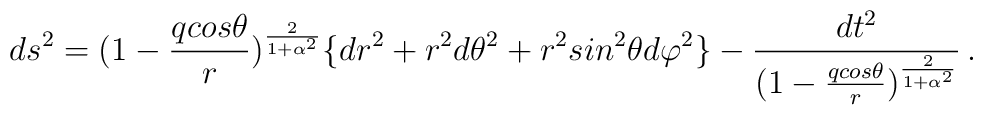
ds^{2} = (1 - {qcos\theta\over r})^{2\over 1 + \alpha^{2}}\lbrace dr^2+r^2d\theta^2+r^2sin^2\theta d\varphi^2\rbrace -{dt^2\over  (1 - {qcos\theta\over r})^{2\over 1 + \alpha^{2}}}\, .